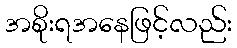
အစိုးရအနေဖြင့်လည်း